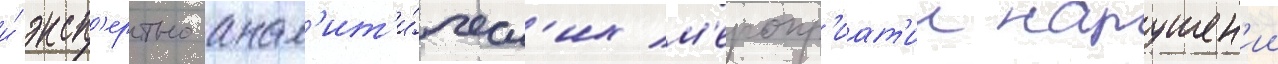
и́ эксп'ертно-анал'ит'и́ческ'их м'еропр'иат'ии нарушен'ии